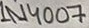
Text: 1N4007